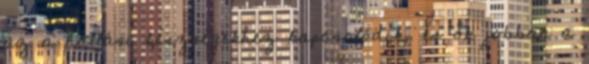
az a hallási készségekhez kapcsolódik, és ők jobban a